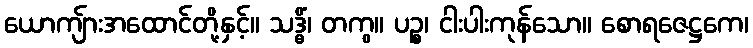
ယောကျ်ားအထောင်တို့နှင့်။ သဒ္ဓိံ၊ တကွ။ ပဉ္စ၊ ငါးပါးကုန်သော။ စောရဇေဋ္ဌကေ၊